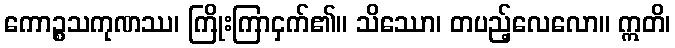
ကောဉ္စသကုဏဿ၊ ကြိုးကြာငှက်၏။ သိဿော၊ တပည့်လေလော။ ဣတိ၊